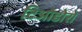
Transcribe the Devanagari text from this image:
टिओडोरो